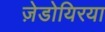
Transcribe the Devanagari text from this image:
ज़ेडोयिरया